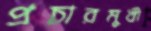
প্রচারমুখী